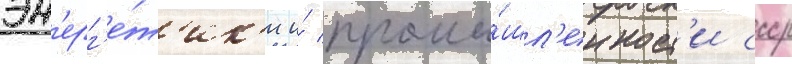
эн'ерг'е́т'ик'и и́ промы́шл'енност'и ссср